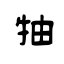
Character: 牰